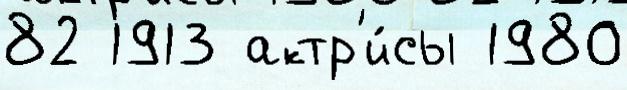
82 1913 актр'и́сы 1980